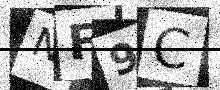
Text: NF9C